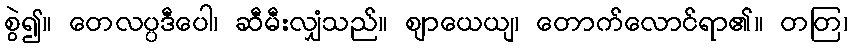
စွဲ၍။ တေလပ္ပဒီပေါ၊ ဆီမီးလျှံသည်။ ဈာယေယျ၊ တောက်လောင်ရာ၏။ တတြ၊